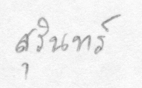
สุรินทร์